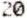
20